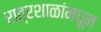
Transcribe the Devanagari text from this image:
रात्रशाळांमधून